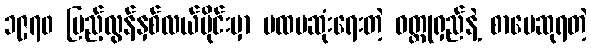
၁၉၇၀ ပြည့်လွန်နှစ်လယ်ပိုင်းမှာ ပထမဆုံးရေးတဲ့ ဝတ္ထုရှည်နဲ့ စာပေဆုရတဲ့